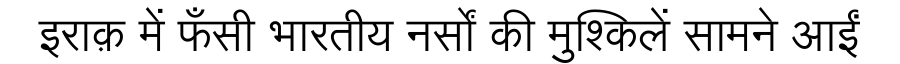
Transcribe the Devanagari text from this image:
इराक़ में फँसी भारतीय नर्सों की मुश्किलें सामने आईं